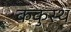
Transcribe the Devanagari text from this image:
ककुस्थ